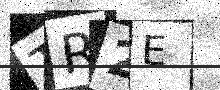
Text: TR2E